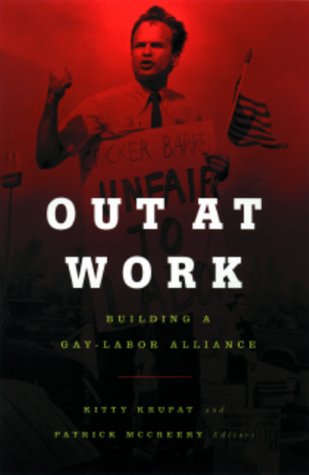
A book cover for Out at Work: Building a Gay - Labor Alliance (Cultural Politics Series); Kitty Krupat; Gay & Lesbian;